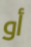
أو